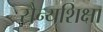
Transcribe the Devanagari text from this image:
सैन्यशिक्षा